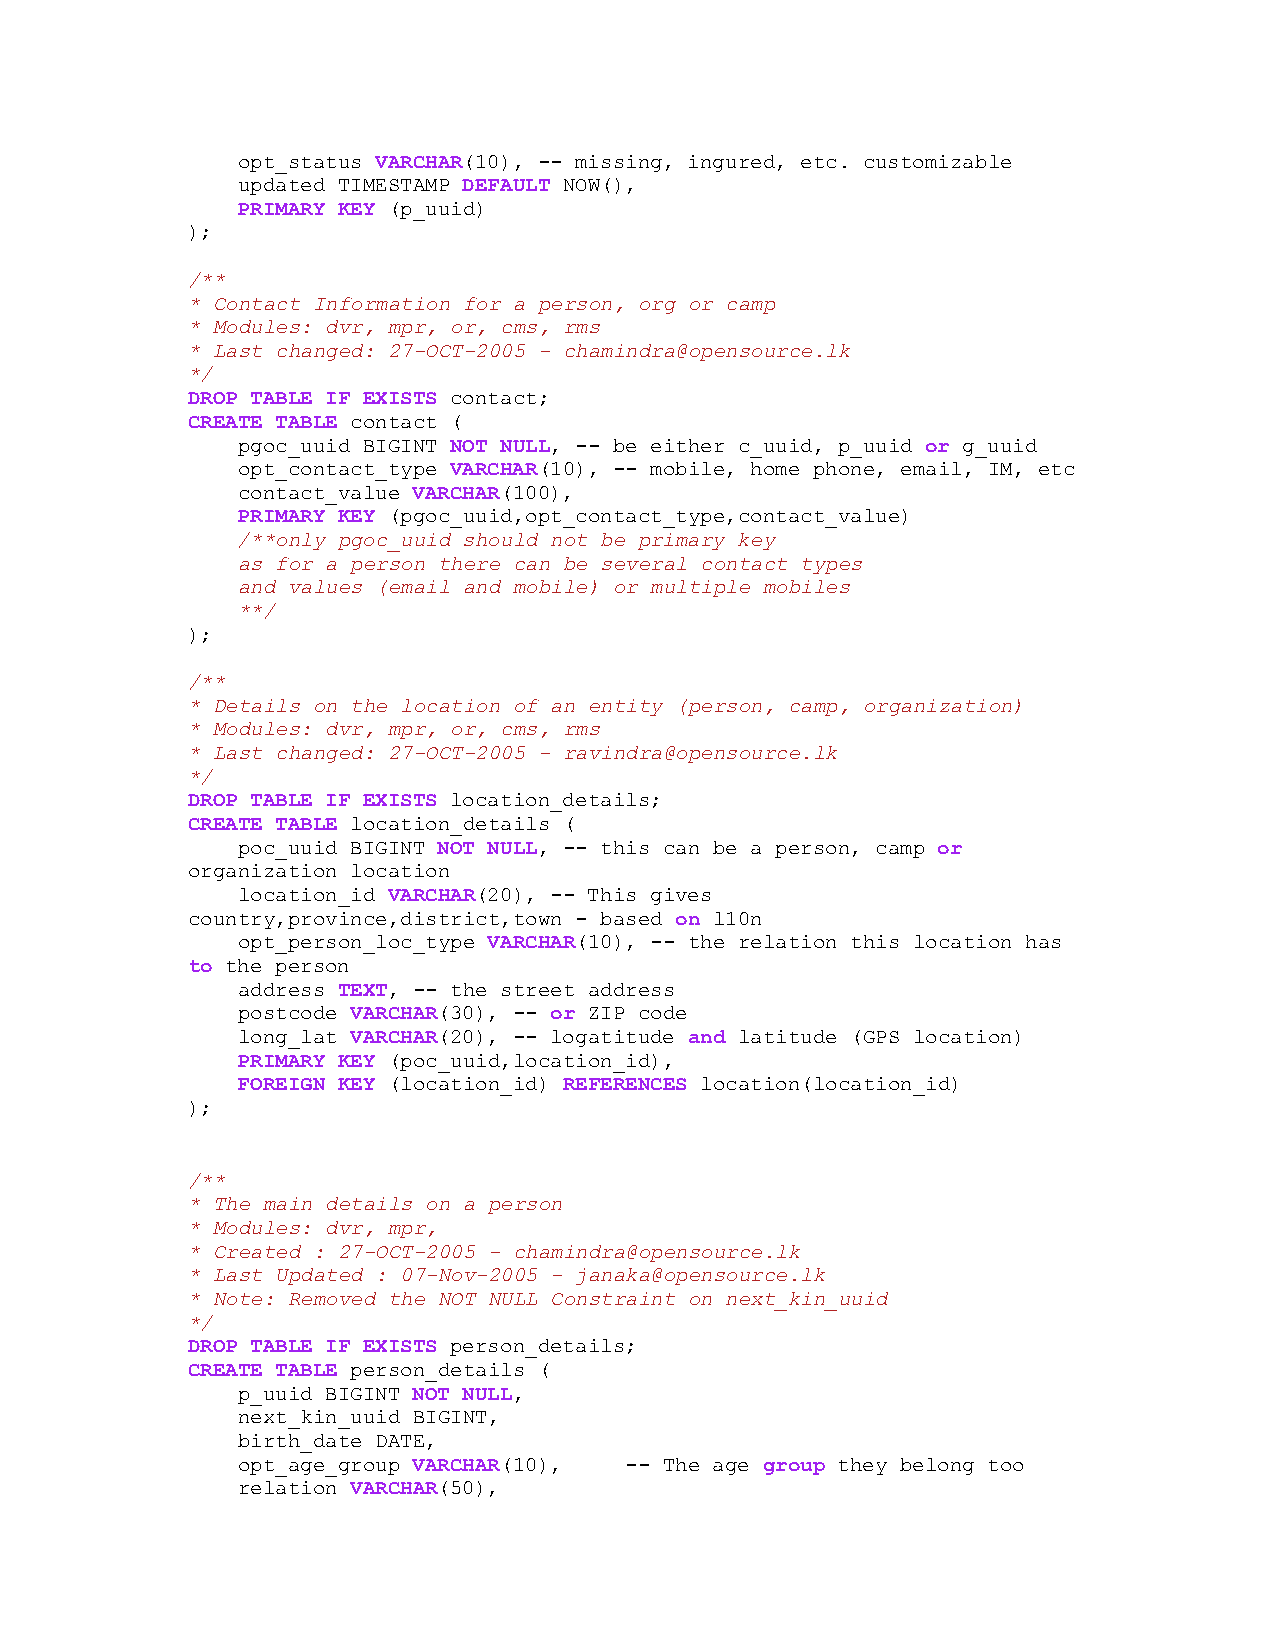
opt_status VARCHAR(10), -- missing, ingured, etc. customizable
 updated TIMESTAMP DEFAULT NOW(),
 PRIMARY KEY (p_uuid)
 );
 /**
 * Contact Information for a person, org or camp
 * Modules: dvr, mpr, or, cms, rms
 * Last changed: 27-OCT-2005 - chamindra@opensource.lk
 */
 DROP TABLE IF EXISTS contact;
 CREATE TABLE contact (
 pgoc_uuid BIGINT NOT NULL, -- be either c_uuid, p_uuid or g_uuid
 opt_contact_type VARCHAR(10), -- mobile, home phone, email, IM, etc
 contact_value VARCHAR(100),
 PRIMARY KEY (pgoc_uuid,opt_contact_type,contact_value)
 /**only pgoc_uuid should not be primary key
 as for a person there can be several contact types
 and values (email and mobile) or multiple mobiles
 **/
 );
 /**
 * Details on the location of an entity (person, camp, organization)
 * Modules: dvr, mpr, or, cms, rms
 * Last changed: 27-OCT-2005 - ravindra@opensource.lk
 */
 DROP TABLE IF EXISTS location_details;
 CREATE TABLE location_details (
 poc_uuid BIGINT NOT NULL, -- this can be a person, camp or
 organization location
 location_id VARCHAR(20), -- This gives
 country,province,district,town - based on l10n
 opt_person_loc_type VARCHAR(10), -- the relation this location has
 to the person
 address TEXT, -- the street address
 postcode VARCHAR(30), -- or ZIP code
 long_lat VARCHAR(20), -- logatitude and latitude (GPS location)
 PRIMARY KEY (poc_uuid,location_id),
 FOREIGN KEY (location_id) REFERENCES location(location_id)
 );
 /**
 * The main details on a person
 * Modules: dvr, mpr,
 * Created : 27-OCT-2005 - chamindra@opensource.lk
 * Last Updated : 07-Nov-2005 - janaka@opensource.lk
 * Note: Removed the NOT NULL Constraint on next_kin_uuid
 */
 DROP TABLE IF EXISTS person_details;
 CREATE TABLE person_details (
 p_uuid BIGINT NOT NULL,
 next_kin_uuid BIGINT,
 birth_date DATE,
 opt_age_group VARCHAR(10), -- The age group they belong too
 relation VARCHAR(50),